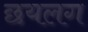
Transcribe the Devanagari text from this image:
छयलग